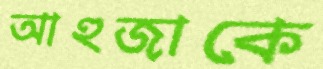
আহুজাকে